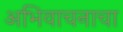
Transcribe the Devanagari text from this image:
अभिवाचनाचा